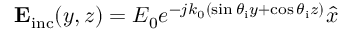
\mathbf { E } _ { \mathrm { i n c } } ( y , z ) = E _ { 0 } e ^ { - j k _ { 0 } ( \sin \theta _ { \mathrm { i } } y + \cos \theta _ { \mathrm { i } } z ) } \hat { x }